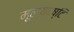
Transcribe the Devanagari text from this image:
मूल्यदृष्टि